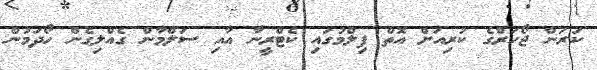
ކަރަން ޖޯހަރްގެ ކުރިއަށް އޮތް ފިލްމުގައި ކެޓްރީނާ އާއި ސަލްމާން ގެއްލިގެން ހޯދަމުން